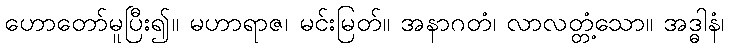
ဟောတော်မူပြီး၍။ မဟာရာဇ၊ မင်းမြတ်။ အနာဂတံ၊ လာလတ္တံ့သော။ အဒ္ဓါနံ၊